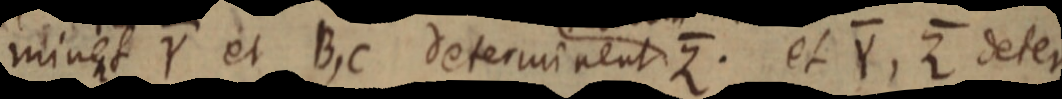
minet Y et B, C determinent Z. et Y, Z deter